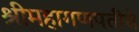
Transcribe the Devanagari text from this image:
श्रीमहागणपतीचे